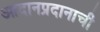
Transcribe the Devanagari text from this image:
आदानप्रदानाची